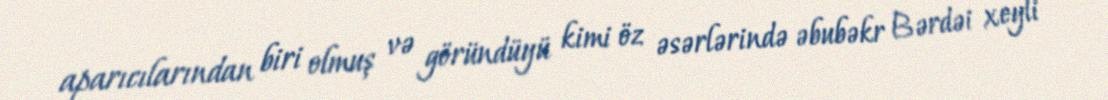
aparıcılarından biri olmuş və göründüyü kimi öz əsərlərində əbubəkr Bərdəi xeyli